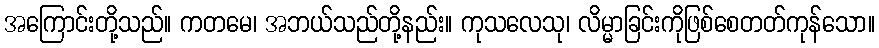
အကြောင်းတို့သည်။ ကတမေ၊ အဘယ်သည်တို့နည်း။ ကုသလေသု၊ လိမ္မာခြင်းကိုဖြစ်စေတတ်ကုန်သော။